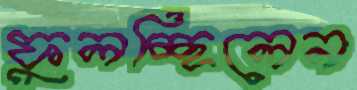
ফুলচ্ছিলেন